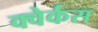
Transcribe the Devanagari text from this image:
क्वेर्कस